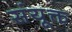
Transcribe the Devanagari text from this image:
संयूक्त